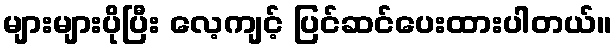
များများပိုပြီး လေ့ကျင့် ပြင်ဆင်ပေးထားပါတယ်။